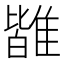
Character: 𩀊